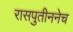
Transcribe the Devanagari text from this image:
रासपुतीननेच